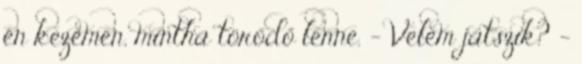
én kezemen, mintha törődő lenne. - Velem játszik? -